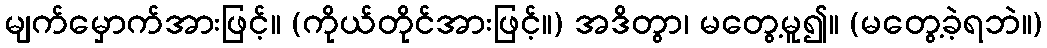
မျက်မှောက်အားဖြင့်။ (ကိုယ်တိုင်အားဖြင့်။) အဒိတွာ၊ မတွေ့မူ၍။ (မတွေ့ခဲ့ရဘဲ။)